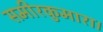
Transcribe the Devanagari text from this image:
समीरकुमारा।